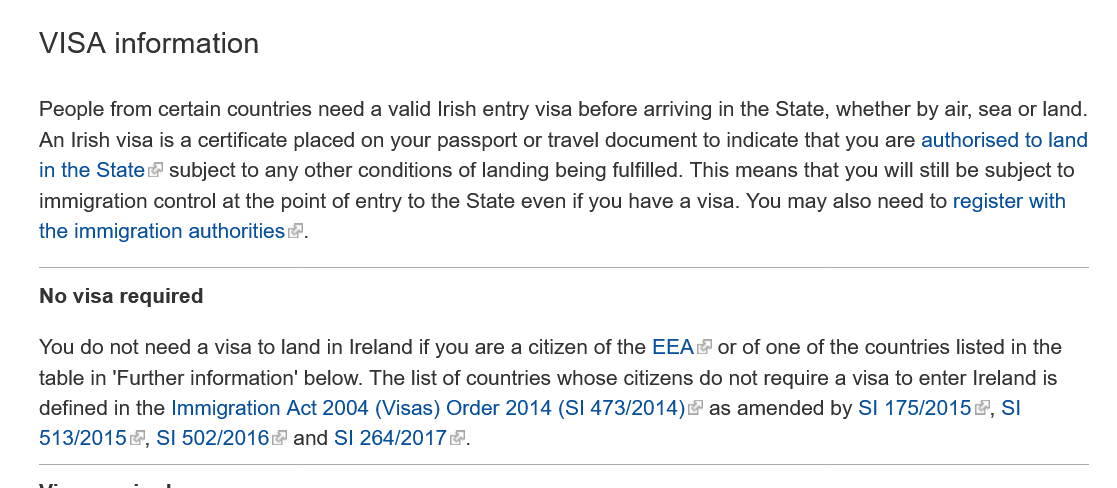
VISA   information
    No visa required
    People from certain countries need
   a
     valid Irish entry visa before arriving in the State, whether by air, sea or land.
    An Irish visa is a certificate placed on your passport or travel document to indicate that you are authorised to land
    in the Statec subject to any other conditions of landing being fulfilled. This means that you will still be subject to
    immigration control at the point of entry to the State even if you have a visa. You may also need to register with
    the immigration authorities @.
    You do not need a visa to land in Ireland if you are a citizen of the EEA or of one of the countries listed in the
    table in ‘Further information’ below. The list of countries whose citizens do not require a visa to enter Ireland is
    defined in the Immigration Act 2004 (Visas) Order 2014 (SI 473/2014)@ as amended by SI 175/2015, SI
    513/2015@, SI 5502/2016 and SI 264/2017 &.